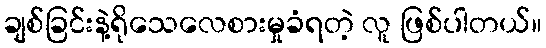
ချစ်ခြင်းနဲ့ရိုသေလေစားမှုခံရတဲ့ လူ ဖြစ်ပါတယ်။